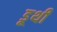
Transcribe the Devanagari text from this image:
डूथी